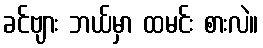
ခင်ဗျား ဘယ်မှာ ထမင်း စားလဲ။